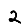
Digit: 2